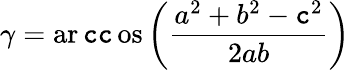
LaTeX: \gamma=\operatorname{ar\mathtt{c}\mathtt{c}os}\left({\frac{{a^{2}+b^{2}-\mathtt{c}^{2}}}{{2ab}}}\right)